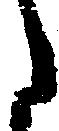
た